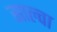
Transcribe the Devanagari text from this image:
साल्वा